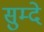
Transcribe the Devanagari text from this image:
सुम्दे